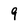
Character: 9